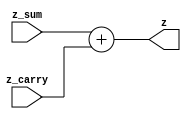
`timescale 1ns / 1ps
//////////////////////////////////////////////////////////////////////////////////
// Company: 
// Engineer: 
// 
// Design Name: 
// Module Name:    fmul_add 
// Project Name: 
// Target Devices: 
// Tool versions: 
// Description: 
//
// Dependencies: 
//
// Revision: 
// Revision 0.01 - File Created
// Additional Comments: 
//
//////////////////////////////////////////////////////////////////////////////////
module fmul_add (z_sum,z_carry,z); // fmul add
	input [39:0] z_sum;
	input [39:0] z_carry;
	output [47:8] z;
		assign z = z_sum + z_carry;
endmodule